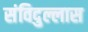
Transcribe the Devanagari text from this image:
संविदुल्लास